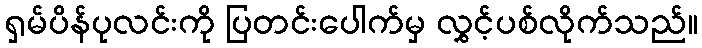
ရှမ်ပိန်ပုလင်းကို ပြတင်းပေါက်မှ လွှင့်ပစ်လိုက်သည်။